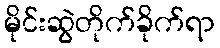
မိုင်းဆွဲတိုက်ခိုက်ရာ